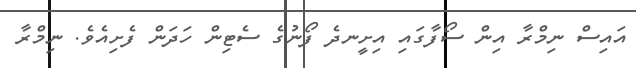
އައިސް ނިމްރާ އިން ސޯފާގައި އިށީނދެ ފޯނުގެ ސެޓިން ހަދަން ފެށިއެވެ. ނިމްރާ